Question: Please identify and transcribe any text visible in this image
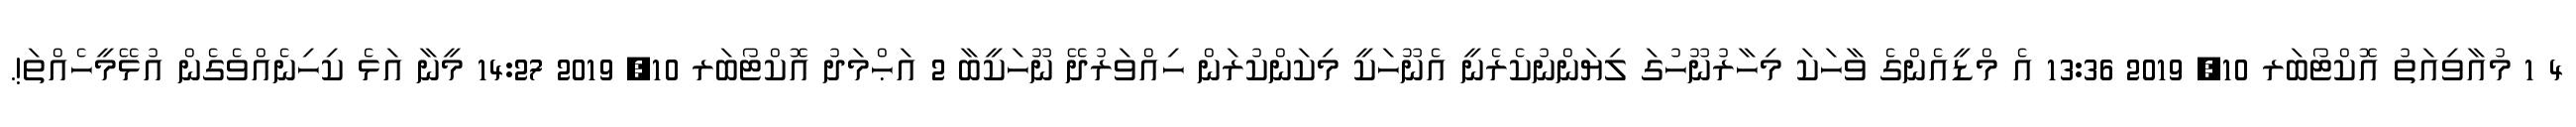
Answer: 4 1 މުއާވިއަތު އޮކްޓޯބަރ 10, 2019 13:36 އެ މްޑީއެންގެ ވާހަކަ މިހާރުނޫހުގަ ލިޔަންނުކެރެނީ އެނޫހަކީ މިކަންކުރަން ހިއްވަރުދޭ ނޫހަކީބާ 2 އަޙްމަދު އޮކްޓޯބަރ 10, 2019 14:27 މީނާ އަޅެ ކިހިނެއްވެގެން އުޅޭމީހެއްތަ!.